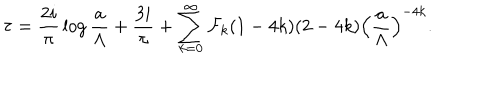
LaTeX: \tau = { \frac { 2 i } { \pi } } \log { \frac { a } { \Lambda } } + { \frac { 3 i } { \pi } } + \sum _ { k = 0 } ^ { \infty } { \cal F } _ { k } ( 1 - 4 k ) ( 2 - 4 k ) \left( { \frac { a } { \Lambda } } \right) ^ { - 4 k } .